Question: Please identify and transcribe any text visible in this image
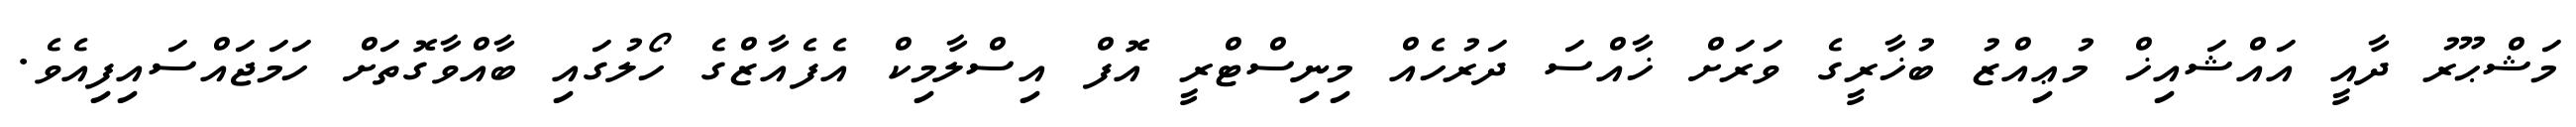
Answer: މަޝްޙޫރު ދާއީ އައްޝައިޚް މުޢިއްޒު ބުޚާރީގެ ވަރަށް ޚާއްސަ ދަރުހެއް މިނިސްޓްރީ އޮފް އިސްލާމިކް އެފެއާޒްގެ ހޯލުގައި ބާއްވާގޮތަށް ހަމަޖައްސައިފިއެވެ.